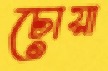
চোয়া